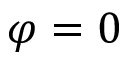
\varphi = 0